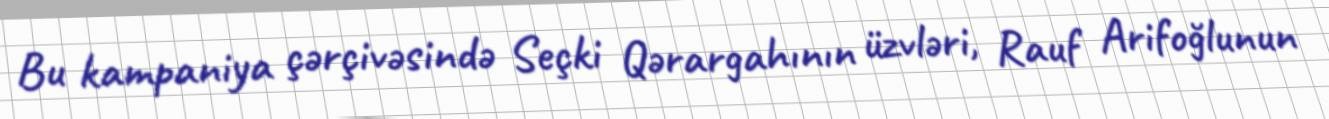
Bu kampaniya çərçivəsində Seçki Qərargahının üzvləri, Rauf Arifoğlunun